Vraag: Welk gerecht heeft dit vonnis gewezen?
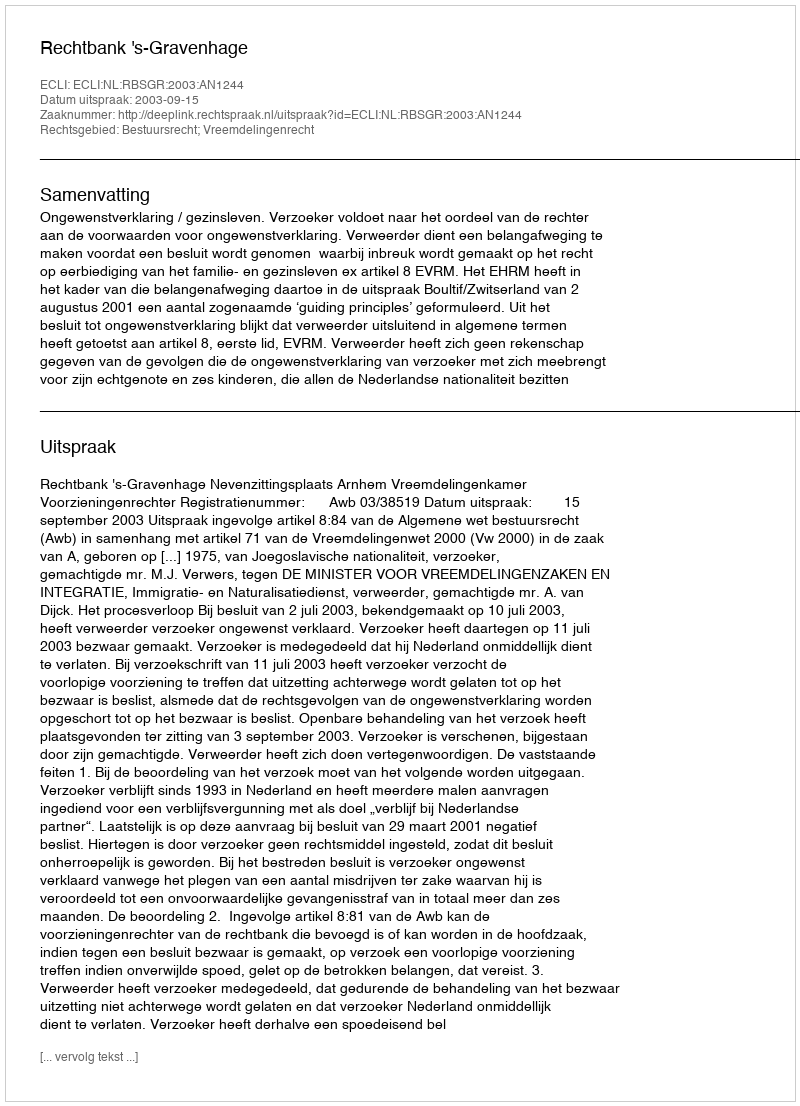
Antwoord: Rechtbank 's-Gravenhage